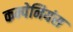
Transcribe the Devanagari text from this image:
कम्पेनियंस